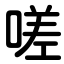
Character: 嗟